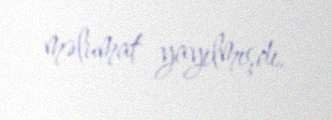
məlumat yayılmışdı.